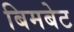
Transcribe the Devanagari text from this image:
बिमबेट